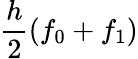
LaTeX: {\frac{h}{2}}(f_{0}+f_{1})